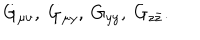
LaTeX: G _ { \mu \nu } , \ G _ { \mu y } , \ G _ { y y } , \ G _ { z \bar { z } } .